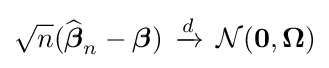
{\sqrt {n}}({\widehat {\boldsymbol {\beta }}}_{n}-{\boldsymbol {\beta }})\,\xrightarrow {d} \,{\mathcal {N}}(\mathbf {0} ,\mathbf {\Omega } )